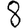
Digit: 8